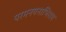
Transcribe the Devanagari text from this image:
परमनयनाभिराम